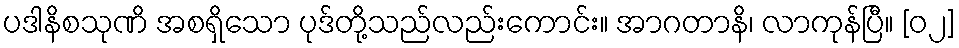
ပဒါနိစသုဏိ အစရှိသော ပုဒ်တို့သည်လည်းကောင်း။ အာဂတာနိ၊ လာကုန်ပြီ။ [၀၂]